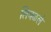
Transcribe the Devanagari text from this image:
लिवळले